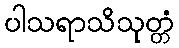
ပါသရာသိသုတ္တံ